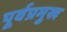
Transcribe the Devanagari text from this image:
पूर्वप्रमुख